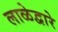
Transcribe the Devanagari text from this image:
लाळेद्वारे